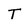
Character: T